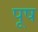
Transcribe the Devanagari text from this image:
पूष